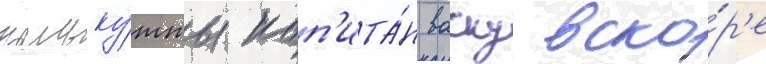
кальку́тты кап'ита́н васку вско́р'е